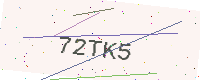
Text: 72TK5